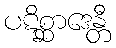
ပဋိစ္ဆာဒေန္တီ